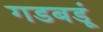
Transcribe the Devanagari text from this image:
गडबडूं